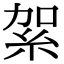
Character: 𥿃